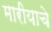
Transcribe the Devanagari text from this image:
मारीयाचे